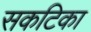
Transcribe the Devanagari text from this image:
सकटिका